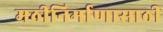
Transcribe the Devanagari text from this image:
मठीनिर्माणासाठी